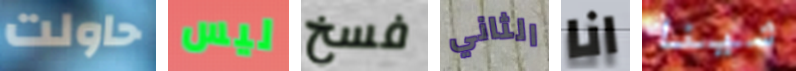
حاولت ليس فسخ الثاني انا شينا